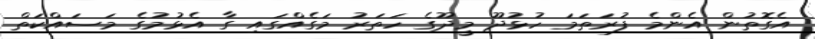
އެގޮތުން އެންމެ ފުރަތަމަ ހުޅުދޫ މީދޫގެ ހަތަރު މަގެއްގައި ގާ އެޅުމުގެ މަސައްކަތް